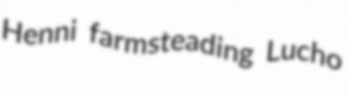
Henni farmsteading Lucho